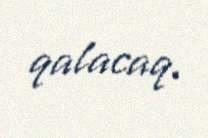
qalacaq.